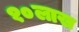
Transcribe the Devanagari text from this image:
१०लाख